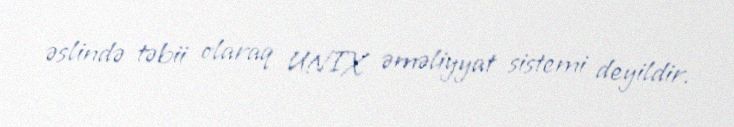
əslində təbii olaraq UNIX əməliyyat sistemi deyildir.